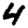
Digit: 4